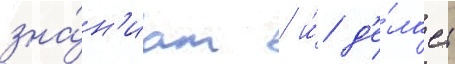
зна́н'иам / и́ д'е́лает